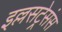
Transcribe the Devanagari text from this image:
इल्लसट्रेसंस